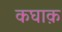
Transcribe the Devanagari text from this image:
कघाक़